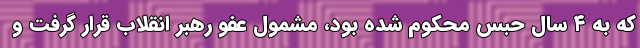
که به ۴ سال حبس محکوم شده بود، مشمول عفو رهبر انقلاب قرار گرفت و